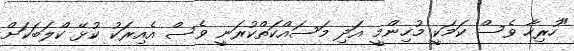
"ހުރިހާ ވެސް ކަމަކީ މުހިންމީ އަދި މަސައްކަތްކުރަނީ ވެސް އެއިރަކު ކުޅޭ ކްލަބަކަށް